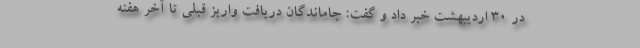
در ۳۰ اردیبهشت خبر داد و گفت: جاماندگان دریافت واریز قبلی تا آخر هفته